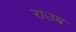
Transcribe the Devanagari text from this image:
राउब